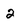
Character: 2